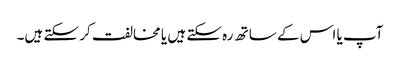
آپ یا اس کے ساتھ رہ سکتے ہیں یا مخالفت کر سکتے ہیں۔